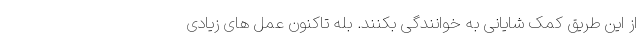
از این طریق کمک شایانی به خوانندگی بکنند. بله تاکنون عمل های زیادی